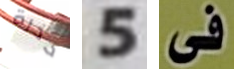
حذرة 5 فى